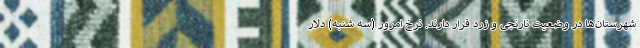
شهرستان‌ها در وضعیت نارنجی و زرد قرار دارند. نرخ امرور (سه شنبه) دلار